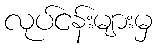
လုပ်ငန်းများမှ